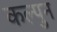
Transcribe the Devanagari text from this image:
कल्पुन